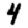
Digit: 4